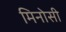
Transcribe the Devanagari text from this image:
मिनोसी